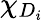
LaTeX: \chi_{D_{i}}